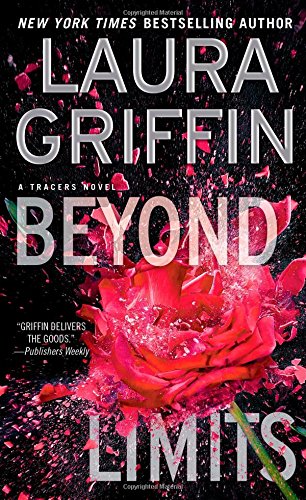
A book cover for Beyond Limits (Tracers); Laura Griffin; Romance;